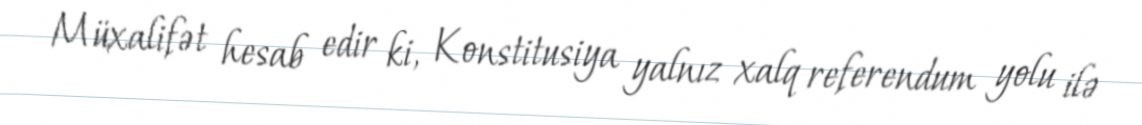
Müxalifət hesab edir ki, Konstitusiya yalnız xalq referendum yolu ilə